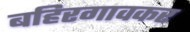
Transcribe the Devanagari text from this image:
बहिरगावकर